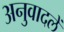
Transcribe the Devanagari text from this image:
अनुवादलें